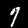
Label: 7